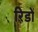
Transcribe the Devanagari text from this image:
रिडों